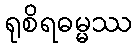
ရုစိရဓမ္မဿ